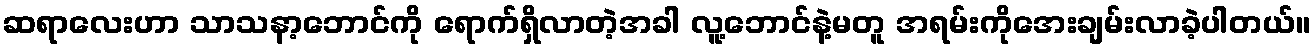
ဆရာလေးဟာ သာသနာ့ဘောင်ကို ရောက်ရှိလာတဲ့အခါ လူ့ဘောင်နဲ့မတူ အရမ်းကိုအေးချမ်းလာခဲ့ပါတယ်။